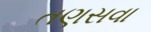
તણસવા